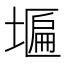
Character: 𮰩